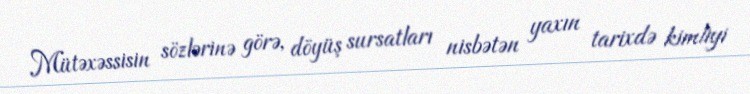
Mütəxəssisin sözlərinə görə, döyüş sursatları nisbətən yaxın tarixdə kimliyi